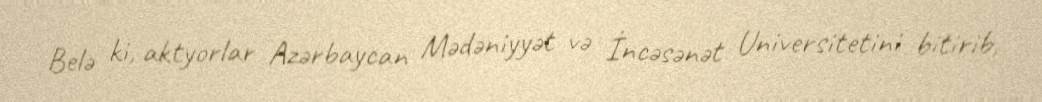
Belə ki, aktyorlar Azərbaycan Mədəniyyət və İncəsənət Universitetini bitirib,